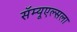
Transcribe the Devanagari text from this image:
सॅम्यूएल्सला